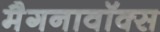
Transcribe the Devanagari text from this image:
मैगनावॉक्स